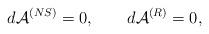
LaTeX: \begin{align*}d{\cal A}^{(NS)} =0, \qquad d{\cal A}^{(R)} =0,\end{align*}